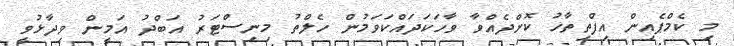
މި ކެމްޕެއިން އިފްތިތާހު ކޮށްދެއްވާ ވާހަކަދައްކަވަމުން ހެލްތު މިނިސްޓަރު އަބްދު އަމީން ވިދާޅުވީ